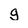
Character: g